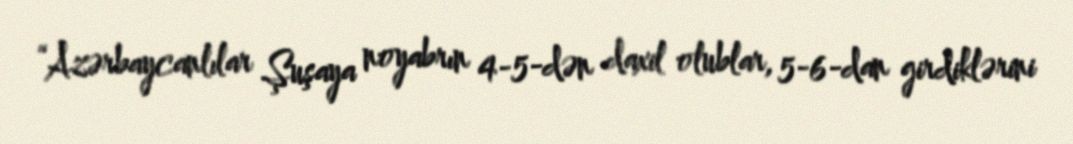
“Azərbaycanlılar Şuşaya noyabrın 4-5-dən daxil olublar, 5-6-dan girdiklərini